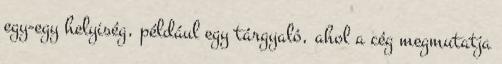
egy-egy helyiség, például egy tárgyaló, ahol a cég megmutatja